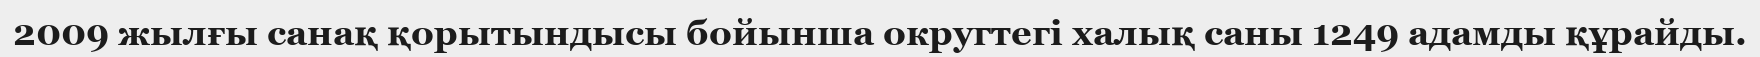
2009 жылғы санақ қорытындысы бойынша округтегі халық саны 1249 адамды құрайды.